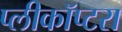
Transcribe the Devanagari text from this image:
प्लीकॉप्टरा